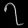
Digit: ၇